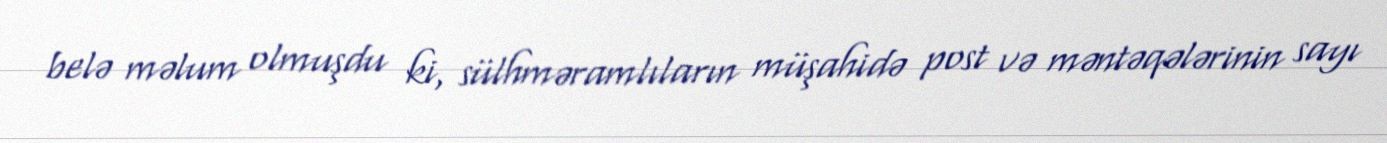
belə məlum olmuşdu ki, sülhməramlıların müşahidə post və məntəqələrinin sayı